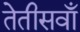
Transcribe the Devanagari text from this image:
तेतीसवाँ